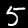
Digit: 5